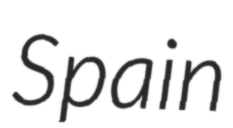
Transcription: Spain